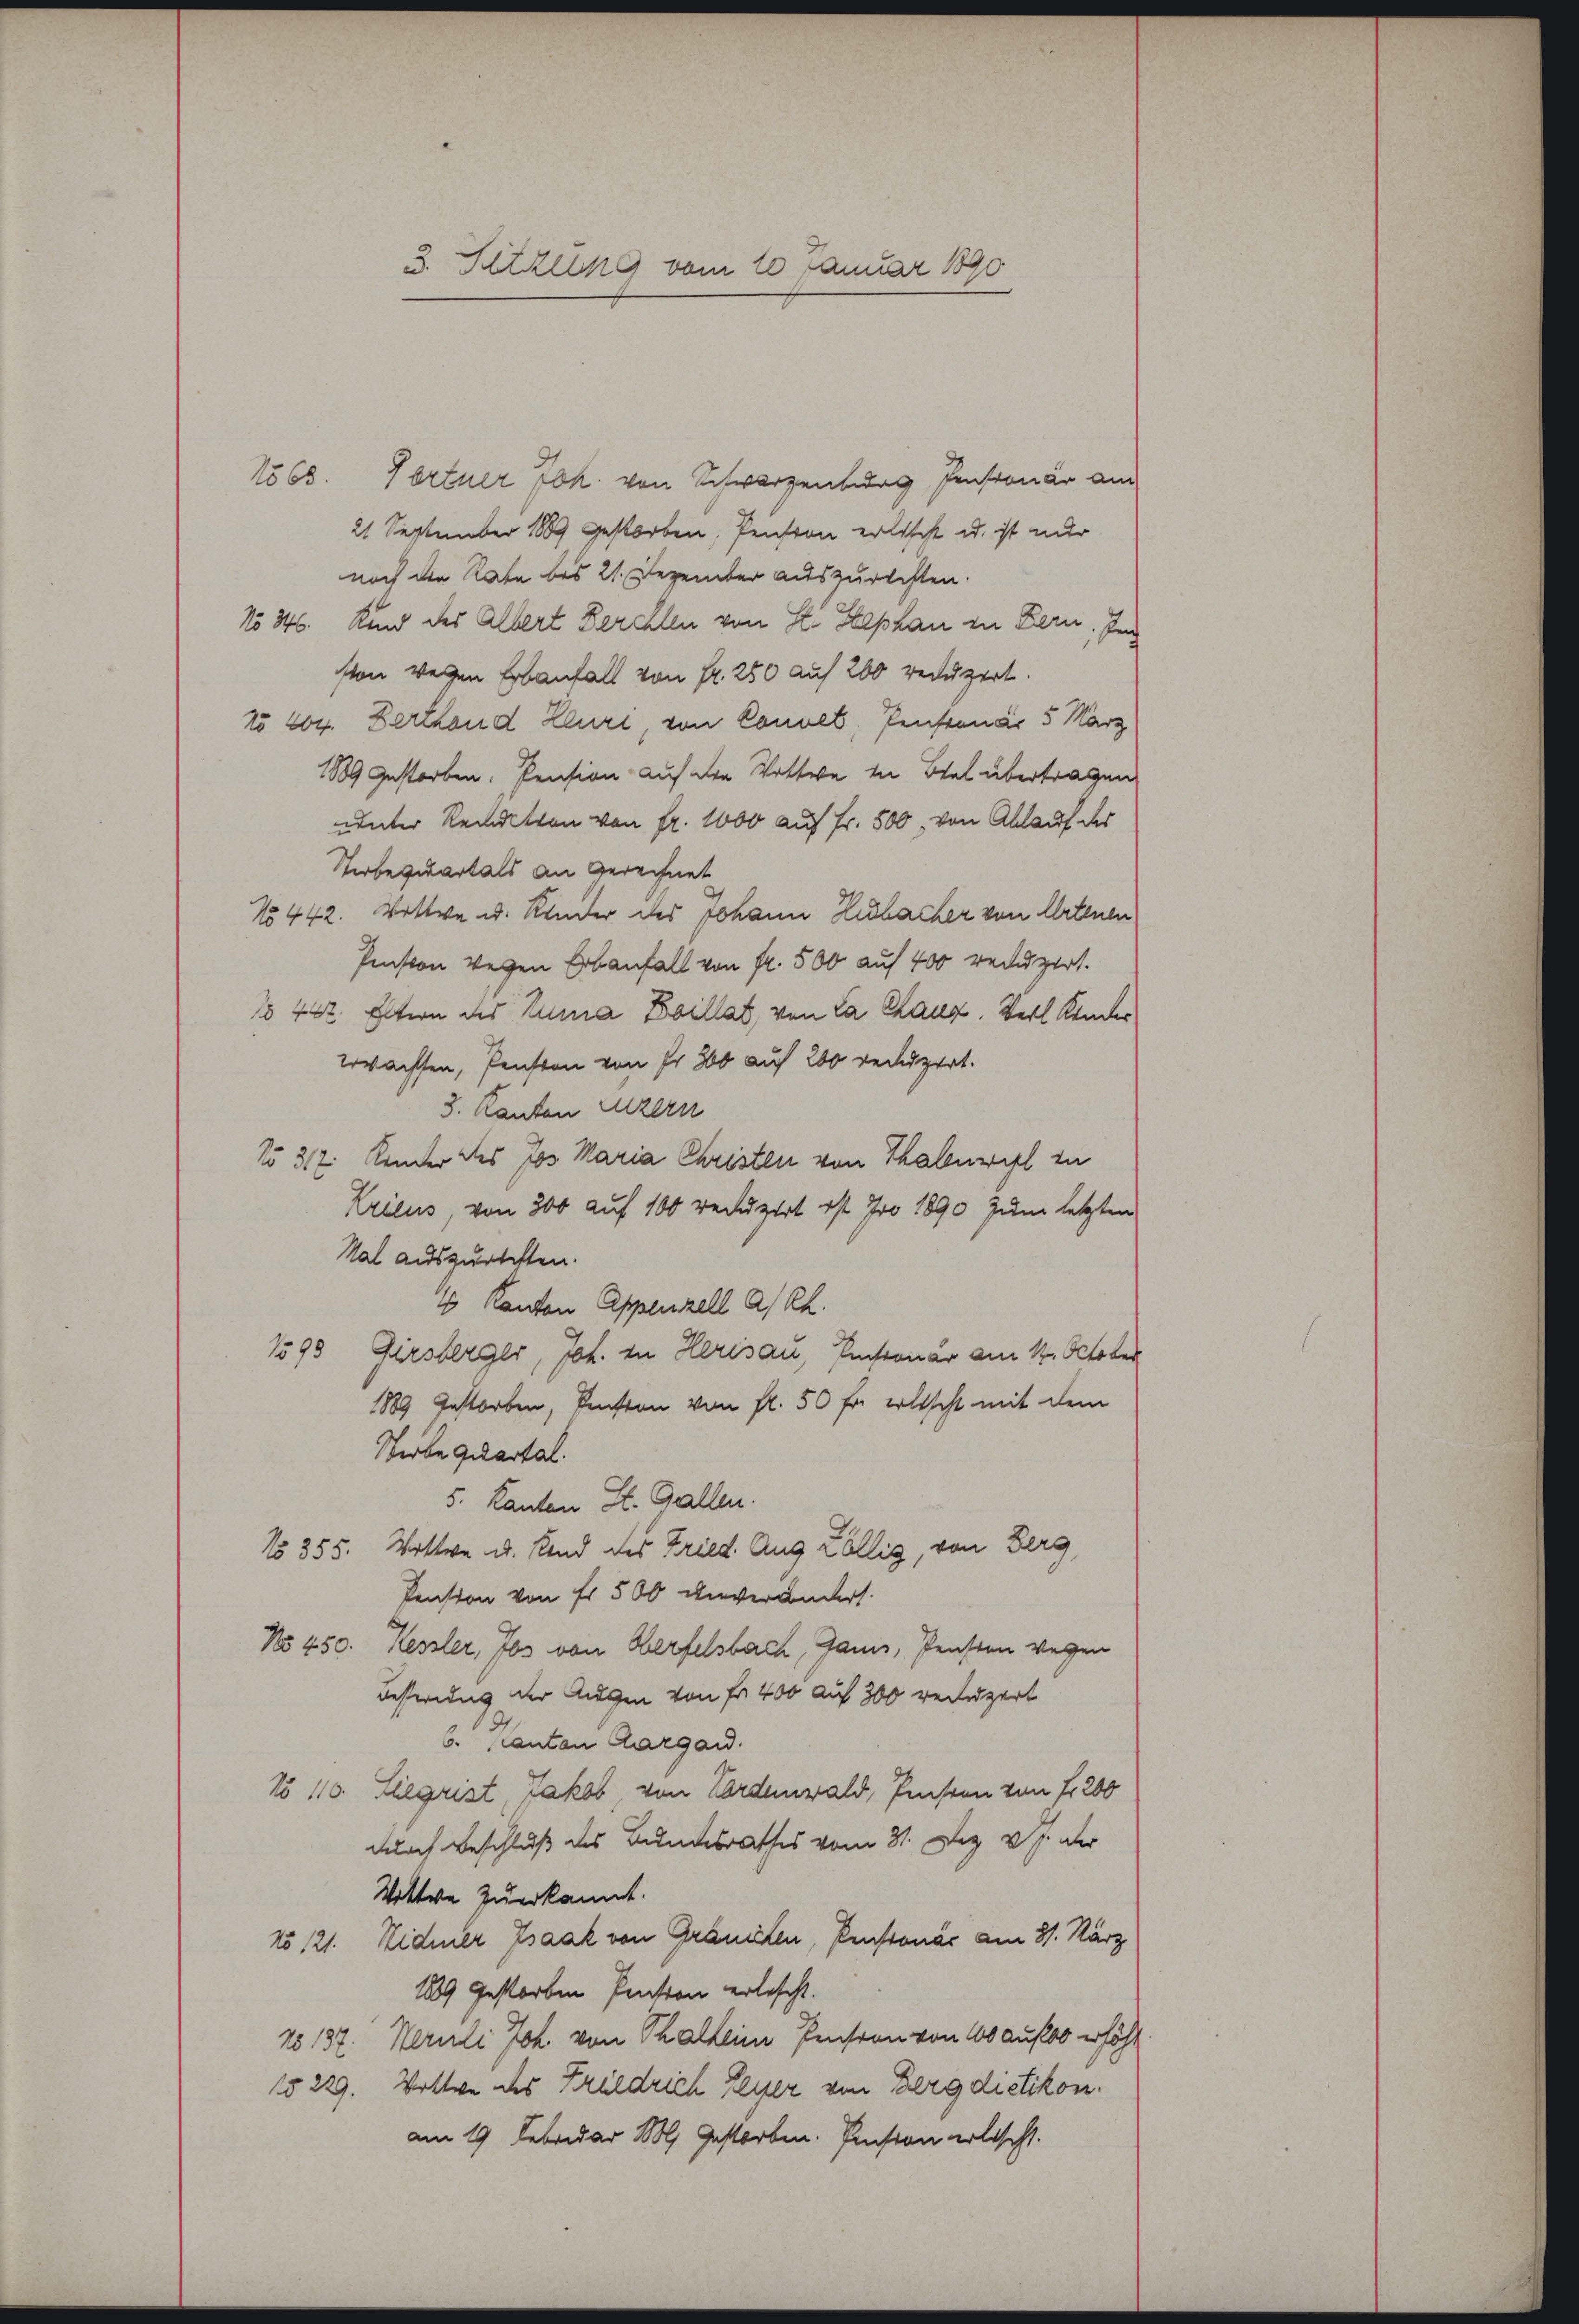
3. Sitzung vom 10 Januar 1890

1563. Tortner Joh. von Schwarzenburg Intronär am
21 September 1889 gestorben, Pension erlischt u. ist nur
noch den Rate bis 21. Dezember auszurechten.
No 346. Kind des Albert Berchten von St. Stephan in Bern, Ing
ston wegen Erbanfall von Fr. 250 auf 200 reduzirt.
1o 404. Berthand Kluri, von Convel, Penstenar 5 März
1889 gestorben. Pension auf die Wittwe in Biel übertragen
uunter Rendition von fr. 1000 auf Fr. 500, von Ablauf des
Serbequartals an Gerechnet
No 442. Wittwe u. Kinder des Johann Hubacher von Artenen
Piston wegen Erbanfall von Fr. 500 auf 400 reduzirt.
No 462. Eltern des Ruma Boillat, von La Chaux. Verl Kindes
Wwachsen, Penston von Fr. 800 auf 200 reduzirt.
3. Kanton Luzern
No 312. Kinder des Jos. Maria Christen von Thaleriel zu
Kricus, von 300 auf 100 reduzirt ist pro 1890 zum letzten
Mal auszurichten.
4 Kanton Appenzell a/Rh.
1595 Girsberger, Joh. zu Herisau, Einstruar am 12. October
1889 gestorben, Fenston von fl. 50 Fr. erlischt mit dem
Sterbe quartal.
5. Kanton St. Gallen.
No 355. Wittwe u. Kind des Fried. Aug Löllig, von Berg,
Pension von Fr. 500 unverändert.
No 450. Kessler, Jos von Herfelsbach, Gani, Pensten wegen
Besterung der Augen von Fr. 400 auf 300 reizert
b. Kanton Aargard.
No 110. Liegrist Jakob, von Vordenwald, Pensten von fr 200
durch Beschluß des Bundesrathes vom 31. Dez. v. J. der
Vottwe zuerkannt.
No 121. Widmer Isaak von Gränicken, Penstonác am 31. März
1889 gestorben Pension erlescht.
No 137. Heruli Joh. von Thalheim Pension von 10 auf erhöht
15229. Volle des Kruldrich Leyer von Berg dietikon.
am 19. Februar M. gestorben. Pension erlischt.